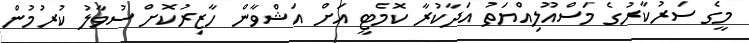
މީގެ ސަރުކާރުގެ މަސްއޫލިއްޔަތު އަދާކުރާ ކޮމެޓީ އަށް އަޝްވާން ހާޒިރުކޮށް ސުވާލު ކުރުމުން